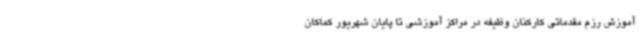
آموزش رزم مقدماتی کارکنان وظیفه در مراکز آموزشی تا پایان شهریور کماکان